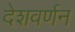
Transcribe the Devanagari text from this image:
देशवर्णन